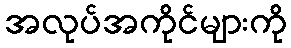
အလုပ်အကိုင်များကို